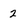
Character: 2